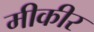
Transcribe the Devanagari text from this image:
मीकीर